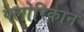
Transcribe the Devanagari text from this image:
फ्लोरिकान